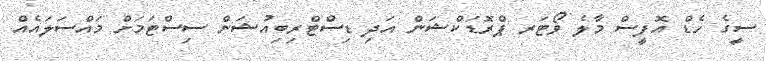
ސީގެ ހެޑް އޮފީސް މާލެ ވޯޓަރ ޕްރޮޑަކްޝަން އަދި ޑިސްޓްރިބިއުޝަން ސިސްޓަމަށް މައްސަލައެއް